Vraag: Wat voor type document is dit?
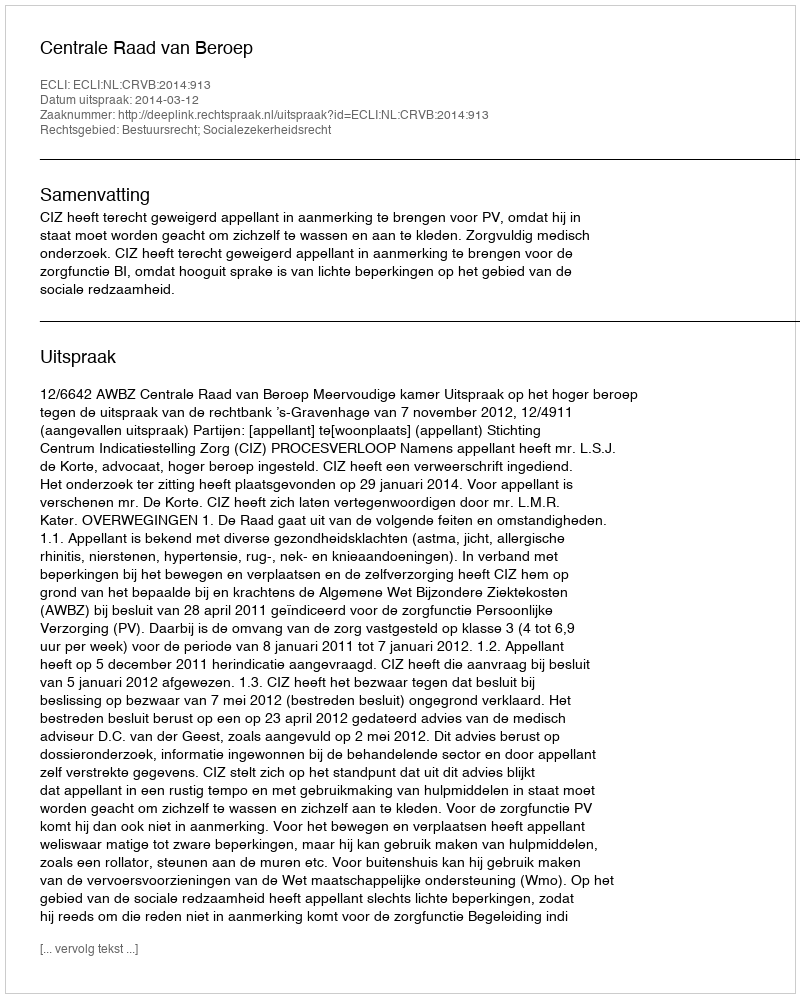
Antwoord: Uitspraak